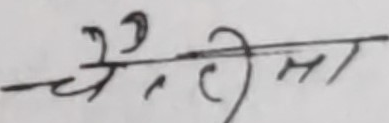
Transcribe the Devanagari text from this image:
चैतीमा